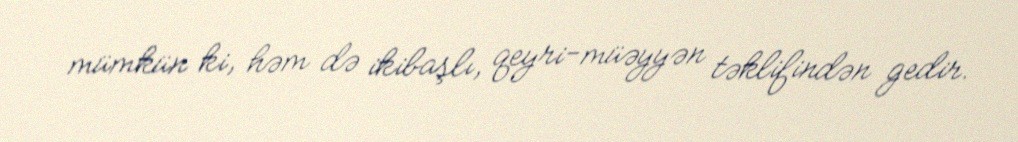
mümkün ki, həm də ikibaşlı, qeyri-müəyyən təklifindən gedir.